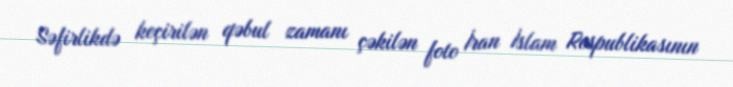
Səfirlikdə keçirilən qəbul zamanı çəkilən foto İran İslam Respublikasının